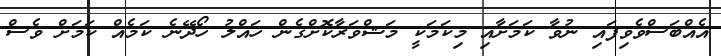
އެއްބަސްވެވިފައި ނުވާ ކަމަށާއި މިކަމަކީ މަޝްވަރާކޮށްގެން ހައްލު ހޯދޭނެ ކަމެއް ކަމަށް ވެސް